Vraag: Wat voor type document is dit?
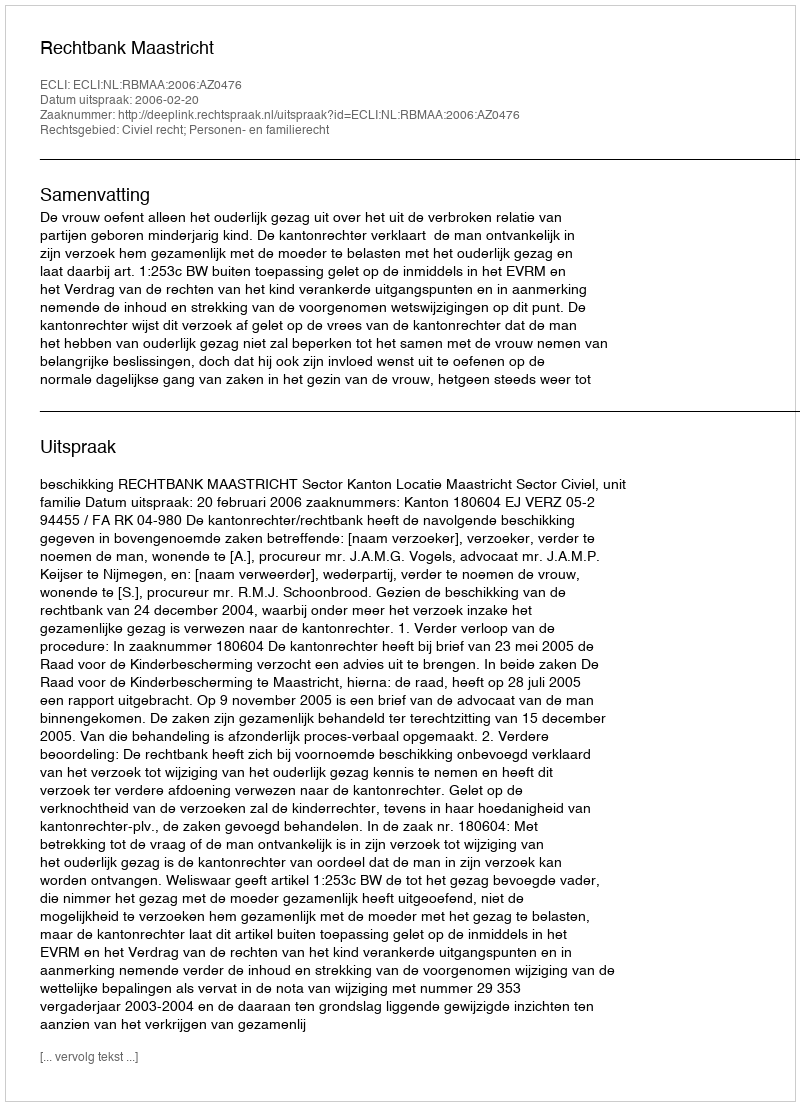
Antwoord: Uitspraak